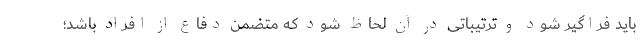
باید فراگیر شود و ترتیباتی در آن لحاظ شود که متضمن دفاع از افراد باشد؛